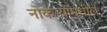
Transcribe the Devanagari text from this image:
नोकऱ्यांमधील